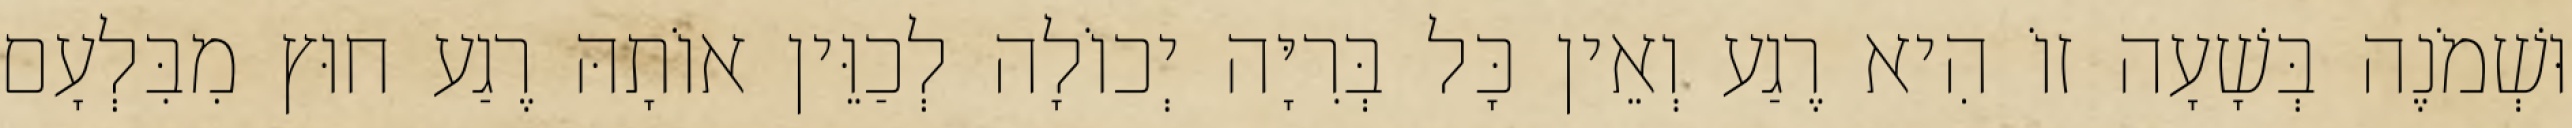
וּשְׁמֹנֶה בְּשָׁעָה זוֹ הִיא רֶגַע וְאֵין כָּל בְּרִיָּה יְכוֹלָה לְכַוֵּין אוֹתָהּ רֶגַע חוּץ מִבִּלְעָם